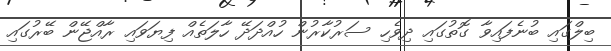
ބިލްގައި ބުނެފައިވާ ގޮތުގައި ދިވެހި ސަރުކާރުން ހުއްދަދޭ ހާލަތެއް ފިޔަވައި ރާއްޖޭން ބޭރުގައި